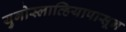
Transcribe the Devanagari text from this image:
युगोस्लाव्हियापासून